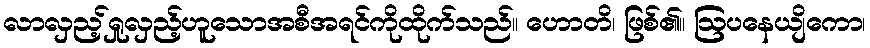
လာလှည့်ရှုလှည့်ဟူသောအစီအရင်ကိုထိုက်သည်။ ဟောတိ၊ ဖြစ်၏။ ဩပနေယျိကော၊